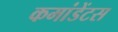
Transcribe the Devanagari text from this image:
कमांडेंटस